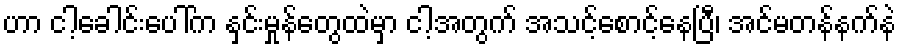
ဟာ ငါ့ခေါင်းပေါ်က နှင်းမှုန်တွေထဲမှာ ငါ့အတွက် အသင့်စောင့်နေပြီ၊ အင်မတန်နက်နဲ